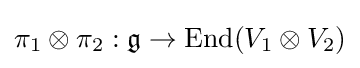
\pi _{1}\otimes \pi _{2}:{\mathfrak {g}}\to \operatorname {End} (V_{1}\otimes V_{2})